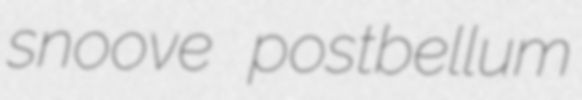
snoove postbellum